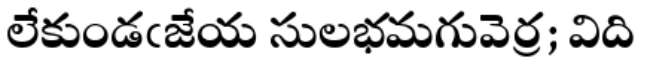
లేకుండఁజేయ సులభమగువెర్ర; విది